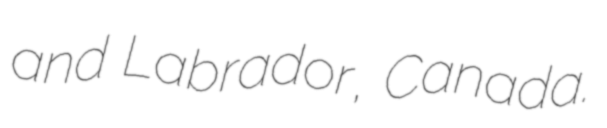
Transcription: and Labrador, Canada.